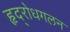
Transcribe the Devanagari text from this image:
हृद्‌रोधगलन